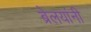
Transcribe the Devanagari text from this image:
ब्रेलयांनी